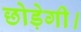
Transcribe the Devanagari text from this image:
छोड़ेगी।